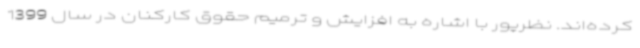
کرده‌اند. نظرپور با اشاره به افزایش و ترمیم حقوق کارکنان در سال 1399